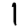
Digit: 1